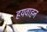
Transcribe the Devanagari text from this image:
हयवाहन